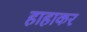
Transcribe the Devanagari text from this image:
हाहाकर